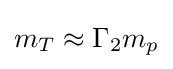
m_{T}\approx \Gamma _{2}m_{p}